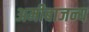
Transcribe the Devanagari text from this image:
अमीबाजन्य